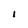
Character: I